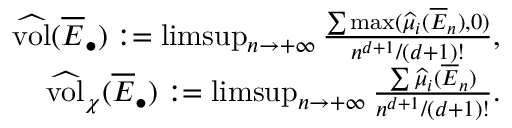
\begin{array} { r } { \widehat { \mathrm { v o l } } ( \overline { E } _ { \bullet } ) : = \operatorname* { l i m s u p } _ { n \rightarrow + \infty } \frac { \sum \operatorname* { m a x } ( \widehat { \mu } _ { i } ( \overline { E } _ { n } ) , 0 ) } { n ^ { d + 1 } / ( d + 1 ) ! } , } \\ { \widehat { \mathrm { v o l } } _ { \chi } ( \overline { E } _ { \bullet } ) : = \operatorname* { l i m s u p } _ { n \rightarrow + \infty } \frac { \sum \widehat { \mu } _ { i } ( \overline { E } _ { n } ) } { n ^ { d + 1 } / ( d + 1 ) ! } . } \end{array}